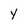
Character: y